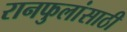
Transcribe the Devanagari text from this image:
रानफुलांसाठी